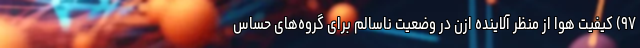
۹۷) کیفیت هوا از منظر آلاینده ازن در وضعیت ناسالم برای گروه‌های حساس